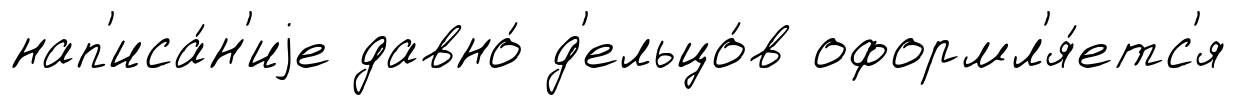
нап'иса́н'иjе давно́ д'ельцо́в оформл'я́етс'я